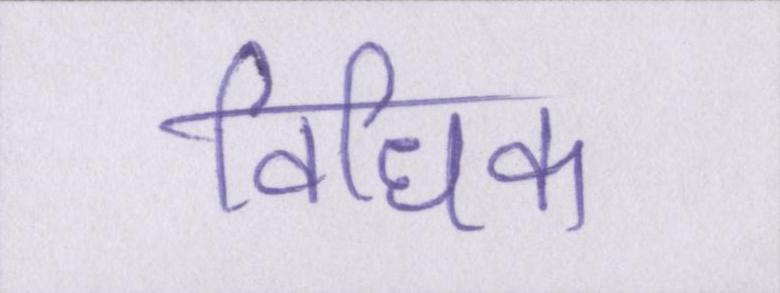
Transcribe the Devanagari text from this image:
विधिक